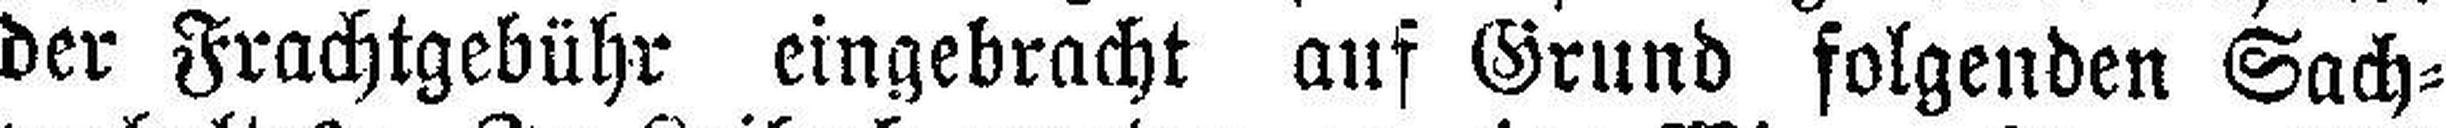
der Frachtgebühr eingebracht auf Grund folgenden Sach¬